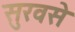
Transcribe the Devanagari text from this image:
सुरवसे